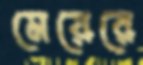
মেয়েরে